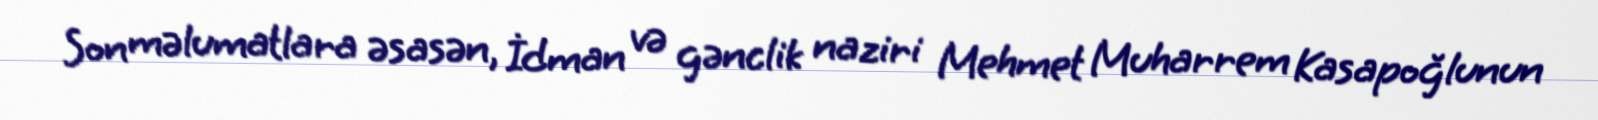
Son məlumatlara əsasən, İdman və gənclik naziri Mehmet Muharrem Kasapoğlunun